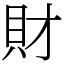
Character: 財